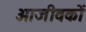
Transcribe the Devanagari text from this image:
आजीवकों